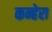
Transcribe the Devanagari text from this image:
कन्हेरा